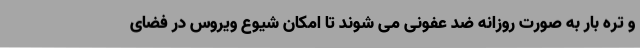
و تره بار به صورت روزانه ضد عفونی می شوند تا امکان شیوع ویروس در فضای